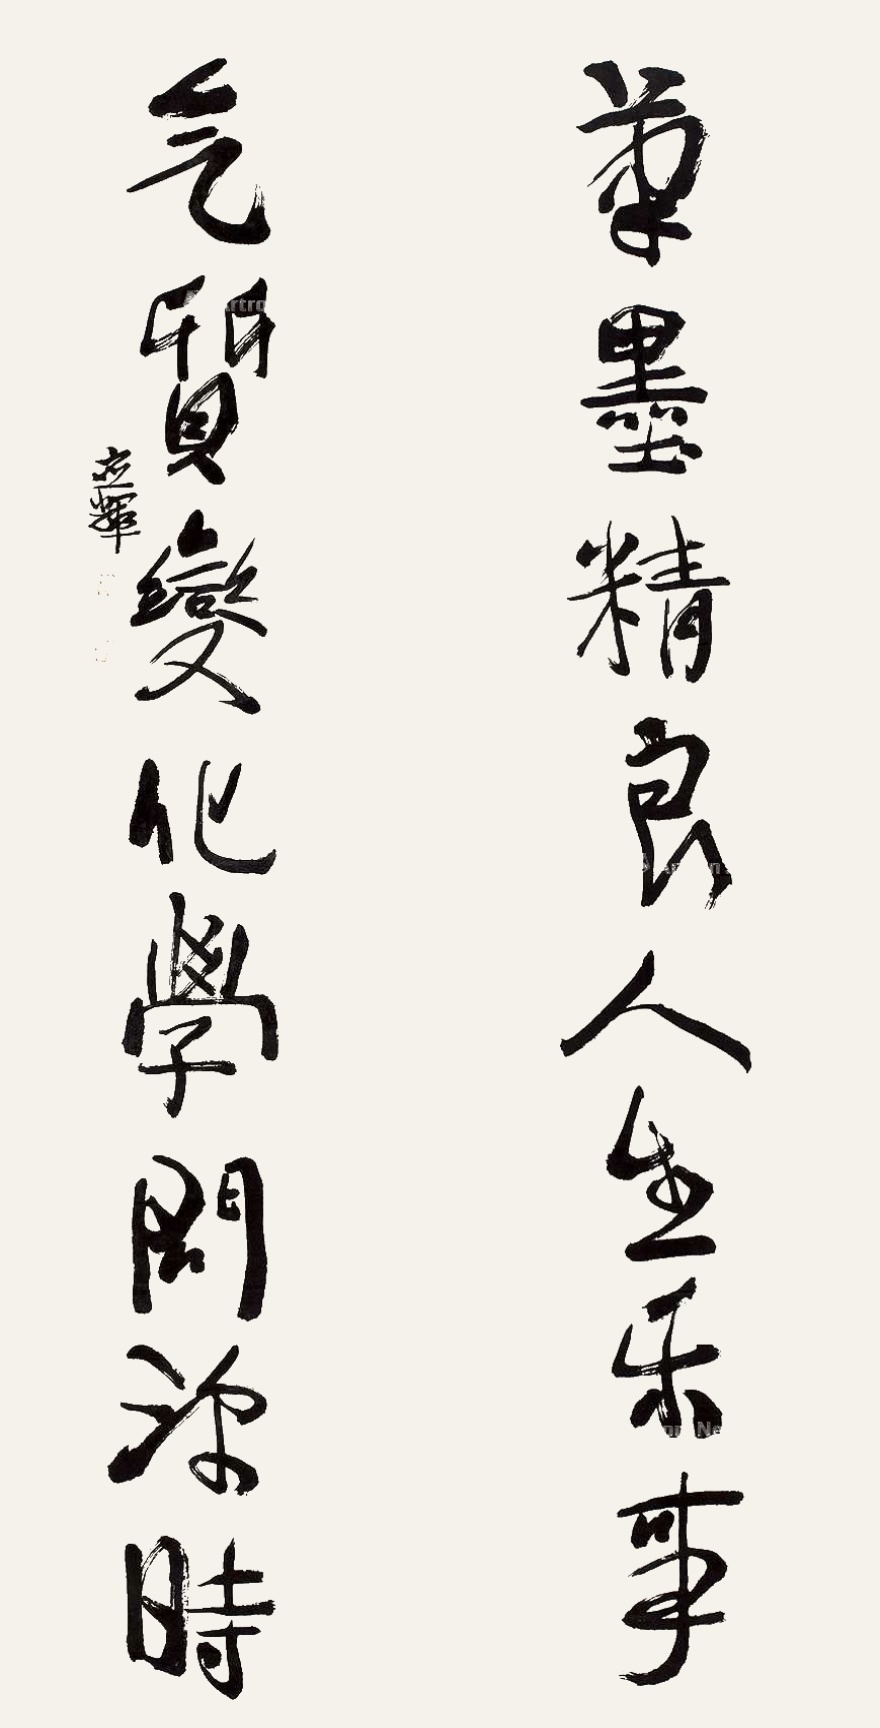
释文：笔墨精良人生乐事，气质变化学问深时。应辉。